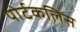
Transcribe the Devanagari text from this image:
पोर्टकलिस